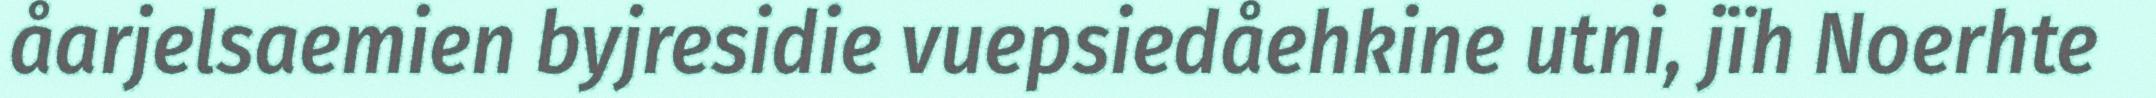
åarjelsaemien byjresidie vuepsiedåehkine utni, jïh Noerhte